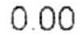
0.00